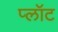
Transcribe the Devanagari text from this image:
प्‍लॉट